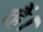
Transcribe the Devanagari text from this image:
व्हैं।